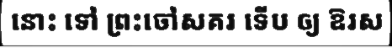
នោះ ទៅ ព្រះចៅសគរ ទើប ឲ្យ ឱរស